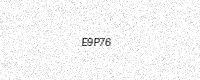
Text: E9P76